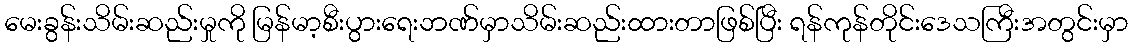
မေးခွန်းသိမ်းဆည်းမှုကို မြန်မာ့စီးပွားရေးဘဏ်မှာသိမ်းဆည်းထားတာဖြစ်ပြီး ရန်ကုန်တိုင်းဒေသကြီးအတွင်းမှာ